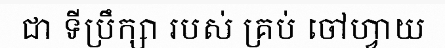
ជា ទីប្រឹក្សា របស់ គ្រប់ ចៅហ្វាយ